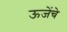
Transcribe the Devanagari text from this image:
ऊजेंचे